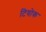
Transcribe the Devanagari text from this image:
टियोक